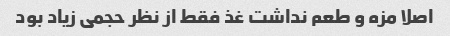
اصلا مزه و طعم نداشت غذ فقط از نظر حجمی زیاد بود